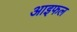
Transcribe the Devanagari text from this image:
आइफल